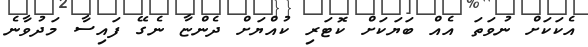
އެކަކަށް ނުވަތަ އެއް ބަޔަކަށް ކޮޓަރި ކުއްޔަށް ދެންޏާ ނެގޭ ފައިސާ މަދުވާނެ